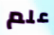
علم